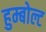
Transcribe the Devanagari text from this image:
हुम्बोल्ट